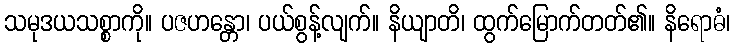
သမုဒယသစ္စာကို။ ပဇဟန္တော၊ ပယ်စွန့်လျက်။ နိယျာတိ၊ ထွက်မြောက်တတ်၏။ နိရောဓံ၊